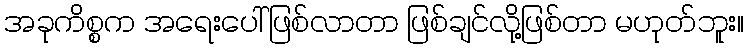
အခုကိစ္စက အရေးပေါ်ဖြစ်လာတာ ဖြစ်ချင်လို့ဖြစ်တာ မဟုတ်ဘူး။